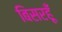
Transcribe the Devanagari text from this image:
बिसरहूँ